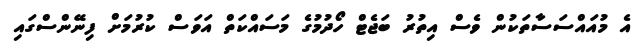
އެ މުއައްސަސާތަކުން ވެސް އިތުރު ބަޖެޓް ހޯދުމުގެ މަސައްކަތް އަވަސް ކުރުމަށް ފިނޭންސްގައި